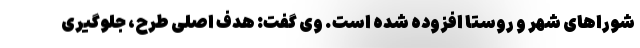
شوراهای شهر و روستا افزوده شده است. وی گفت: هدف اصلی طرح، جلوگیری